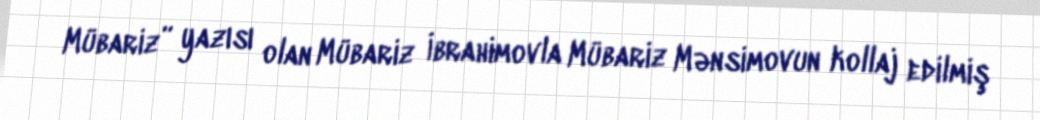
Mübariz” yazısı olan Mübariz İbrahimovla Mübariz Mənsimovun kollaj edilmiş